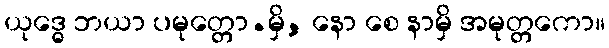
ယုဒ္ဓေ ဘယာ ပမုတ္တော.မှိ, နော စေ နာမှိ အမုတ္တကော။